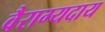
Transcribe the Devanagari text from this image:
वैराग्यदाय